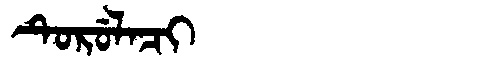
Manchu: ᡨᡠᡵᡠᠯᠠᠴᡳ
Romanization: TURULACI